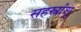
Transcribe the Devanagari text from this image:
सहस्त्रांशु